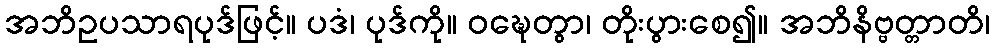
အဘိဥပသာရပုဒ်ဖြင့်။ ပဒံ၊ ပုဒ်ကို။ ဝဍ္ဎေတွာ၊ တိုးပွားစေ၍။ အဘိနိဗ္ဗတ္တာတိ၊